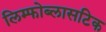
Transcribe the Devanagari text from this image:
लिम्फोब्लासटिक